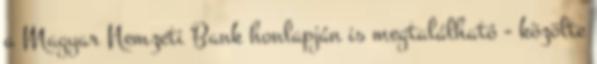
a Magyar Nemzeti Bank honlapján is megtalálható - közölte